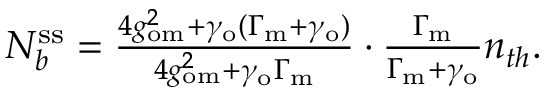
\begin{array} { r } { N _ { b } ^ { \mathrm { s s } } = \frac { 4 g _ { \mathrm { o m } } ^ { 2 } + \gamma _ { \mathrm { o } } ( \Gamma _ { \mathrm { m } } + \gamma _ { \mathrm { o } } ) } { 4 g _ { \mathrm { o m } } ^ { 2 } + \gamma _ { \mathrm { o } } \Gamma _ { \mathrm { m } } } \cdot \frac { \Gamma _ { \mathrm { m } } } { \Gamma _ { \mathrm { m } } + \gamma _ { \mathrm { o } } } n _ { t h } . } \end{array}